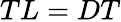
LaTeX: TL=DT